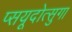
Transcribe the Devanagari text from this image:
प्सयूदोत्सुगा